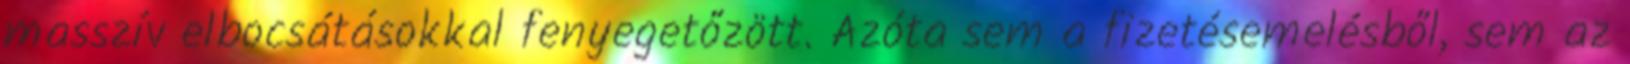
masszív elbocsátásokkal fenyegetőzött. Azóta sem a fizetésemelésből, sem az